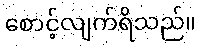
စောင့်လျက်ရိသည်။